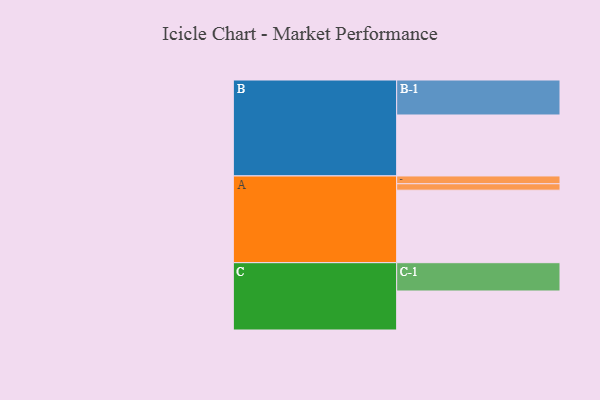
{"axis": {"x": "Segment", "y": "Value"}, "legend": ["", "A", "B", "C"], "data": [{"x": "A", "y": 597, "type": ""}, {"x": "B", "y": 502, "type": ""}, {"x": "C", "y": 321, "type": ""}, {"x": "A-1", "y": 53, "type": "A"}, {"x": "A-2", "y": 64, "type": "A"}, {"x": "B-1", "y": 288, "type": "B"}, {"x": "C-1", "y": 233, "type": "C"}]}